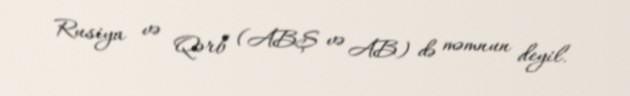
Rusiya və Qərb (ABŞ və AB) də məmnun deyil.